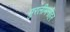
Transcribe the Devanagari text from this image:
मुरलीमनोहर